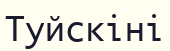
Туйскіні